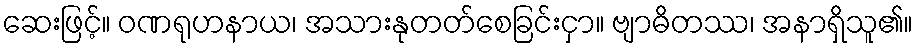
ဆေးဖြင့်။ ဝဏရုဟနာယ၊ အသားနုတတ်စေခြင်းငှာ။ ဗျာဓိတဿ၊ အနာရှိသူ၏။